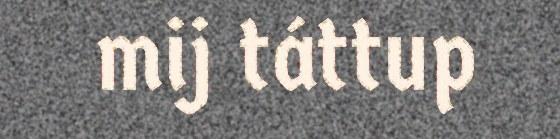
mij táttup